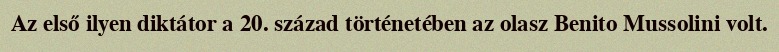
Az első ilyen diktátor a 20. század történetében az olasz Benito Mussolini volt.